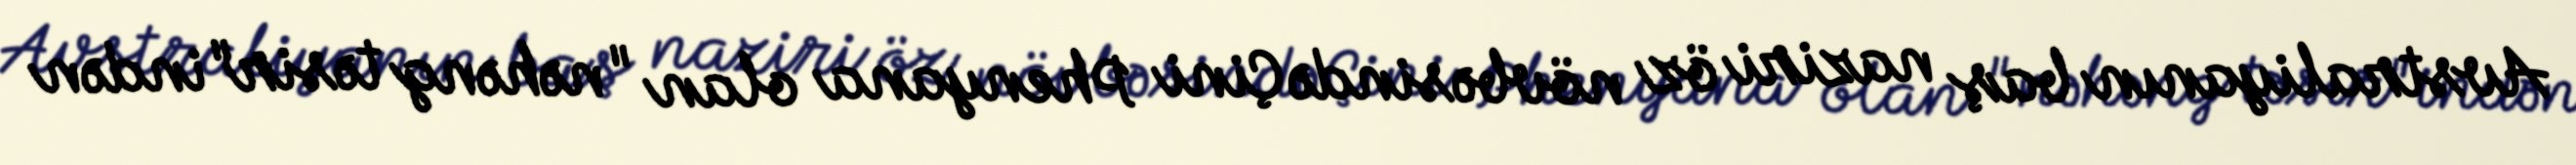
Avstraliyanın baş naziri öz növbəsində Çini Phenyana olan "nəhəng təsir"indən